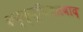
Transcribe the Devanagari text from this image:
कन्फ़्यूशियसवाद